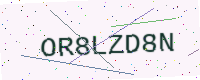
Text: OR8LZD8N